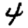
Digit: 4